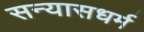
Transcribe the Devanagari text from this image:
सन्यासधर्म